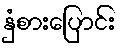
နှံစားပြောင်း